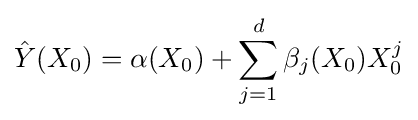
{\hat {Y}}(X_{0})=\alpha (X_{0})+\sum \limits _{j=1}^{d}{\beta _{j}(X_{0})X_{0}^{j}}